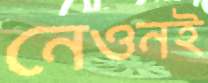
নেওনই